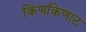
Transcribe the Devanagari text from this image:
किणकिणाट